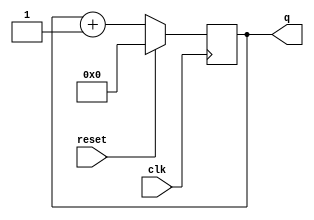
module top_module (
    input clk,
    input reset,      // Synchronous active-high reset
    output reg [3:0] q);
    
    always @ (posedge clk)
        begin
            if (reset == 1'b1)
               q <= 4'b0;
            else
                q <= q +1'b1;
        end

endmodule